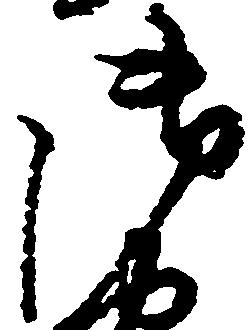
御